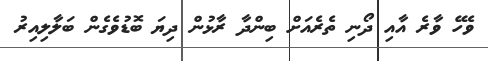
ވެހޭ ވާރެ އާއި ދޯނި ތެރެއަށް ބިންދާ ރާޅުން ދިޔަ ބޮޑުވެގެން ބަލާލިއިރު